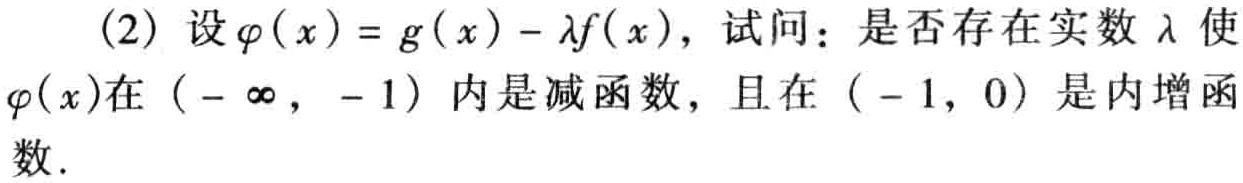
(2) 设\(\varphi(x)=g(x)-\lambda f(x)\)，试问：是否存在实数\(\lambda\)使\(\varphi(x)\)在\((-\infty,-1)\)内是减函数，且在\((-1,0)\)是内增函 数.